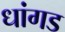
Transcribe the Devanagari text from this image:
धांगड